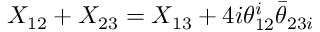
{ \cal X } _ { 1 2 } + { \cal X } _ { 2 3 } = { \cal X } _ { 1 3 } + 4 i \theta _ { 1 2 } ^ { i } \bar { \theta } _ { 2 3 i }